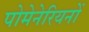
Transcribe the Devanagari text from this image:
पोमेनेरियनों